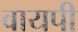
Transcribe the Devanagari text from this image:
वायपी